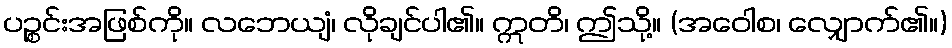
ပဉ္စင်းအဖြစ်ကို။ လဘေယျံ၊ လိုချင်ပါ၏။ ဣတိ၊ ဤသို့။ (အဝေါစ၊ လျှောက်၏။)